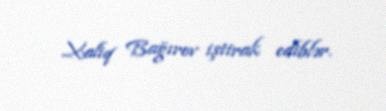
Xaliq Bağırov iştirak ediblər.